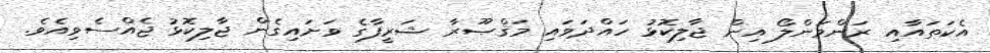
އެކަތައާއި ރަންވަންލޯ އިން ޖާލިކޮޅު ހައްދަވައި މަޤްޞޫރާ ޝަރީފާގެ ވަށައިގެން ޖާލިކޮޅު ޖެއްސެވިއެވެ.